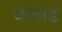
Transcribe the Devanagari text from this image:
थोतांड